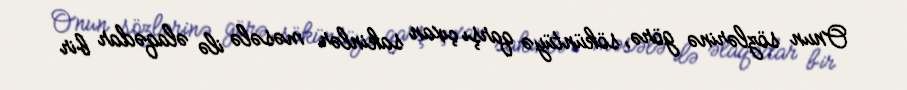
Onun sözlərinə görə, söküntüyə qarşı çıxan sakinlər məsələ ilə əlaqədar bir